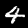
Digit: 4